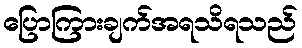
ပြောကြားချက်အရသိရသည်